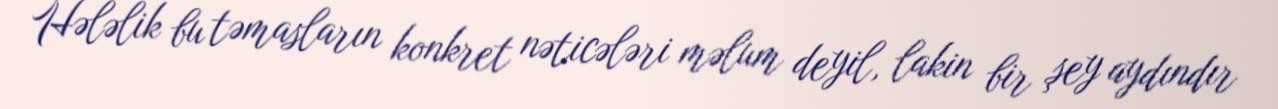
Hələlik bu təmasların konkret nəticələri məlum deyil, lakin bir şey aydındır